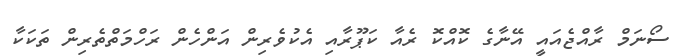
ސޯނަމް ރާއްޖެއައީ އޭނާގެ ކޮއްކޮ ރެއާ ކަޕޫރާއި އެކުވެރިން އަންހެން ރަހްމަތްތެރިން ތަކަކާ